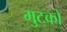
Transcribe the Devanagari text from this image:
मुटको